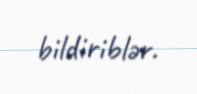
bildiriblər.